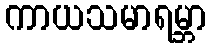
ကာယသမာရမ္ဘာ